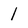
Character: I